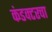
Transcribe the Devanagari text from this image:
कंडक्टरचा